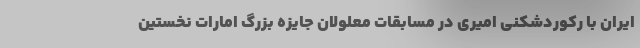
ایران با رکوردشکنی امیری در مسابقات معلولان جایزه بزرگ امارات نخستین